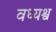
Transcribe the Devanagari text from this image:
वध्यश्व